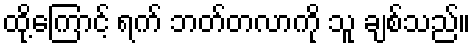
ထို့ကြောင့် ရက် ဘတ်တလာကို သူ ချစ်သည်။